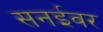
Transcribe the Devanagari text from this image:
सनईवर